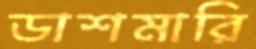
ডাশমারি